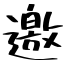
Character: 邀